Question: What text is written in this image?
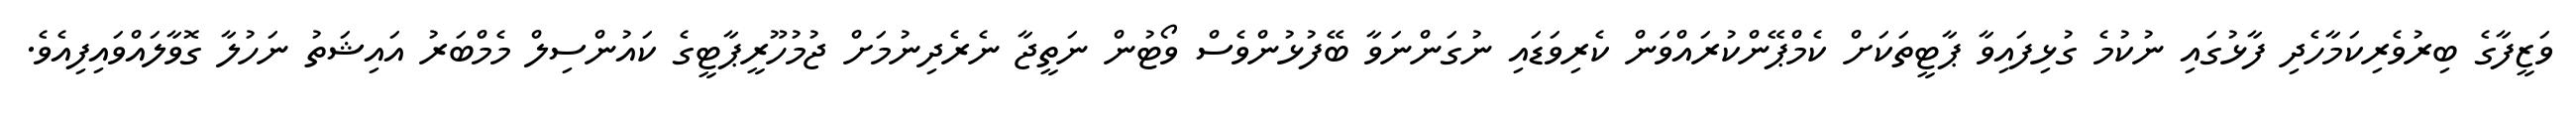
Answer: ވަޒީފާގެ ބިރުވެރިކަމާހެދި ފާޅުގައި ނުކުމެ ގުޅިފައިވާ ޕާޓީތަކަށް ކެމްޕޭންކުރައްވަން ކެރިވަޑައި ނުގަންނަވާ ބޭފުޅުންވެސް ވޯޓުން ނަތީޖާ ނެރެދިނުމަށް ޖުމުހޫރީޕާޓީގެ ކައުންސިލް މެމްބަރު އައިޝަތު ނަހުލާ ގޮވާލައްވައިފިއެވެ.